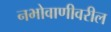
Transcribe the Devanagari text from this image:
नभोवाणीवरील